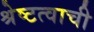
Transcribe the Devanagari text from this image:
श्रेष्टत्वाची